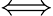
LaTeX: \Longleftrightarrow